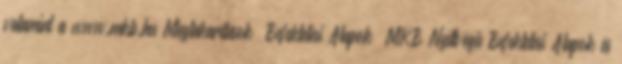
valamint a www.mkb.hu Megtakarítások Befektetési Alapok MKB Nyíltvégű Befektetési Alapok és